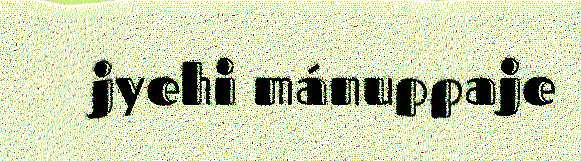
jyehi mánuppaje